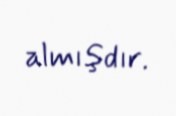
almışdır.